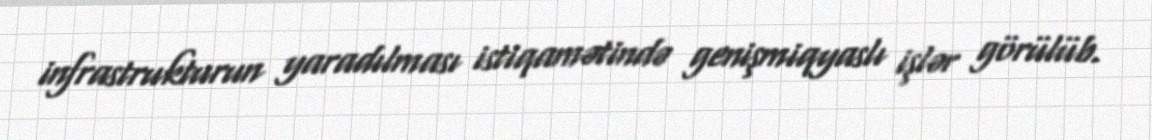
infrastrukturun yaradılması istiqamətində genişmiqyaslı işlər görülüb.